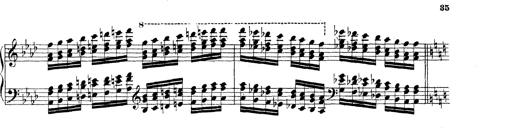
Title: Technische Studien
Composer: Franz Liszt